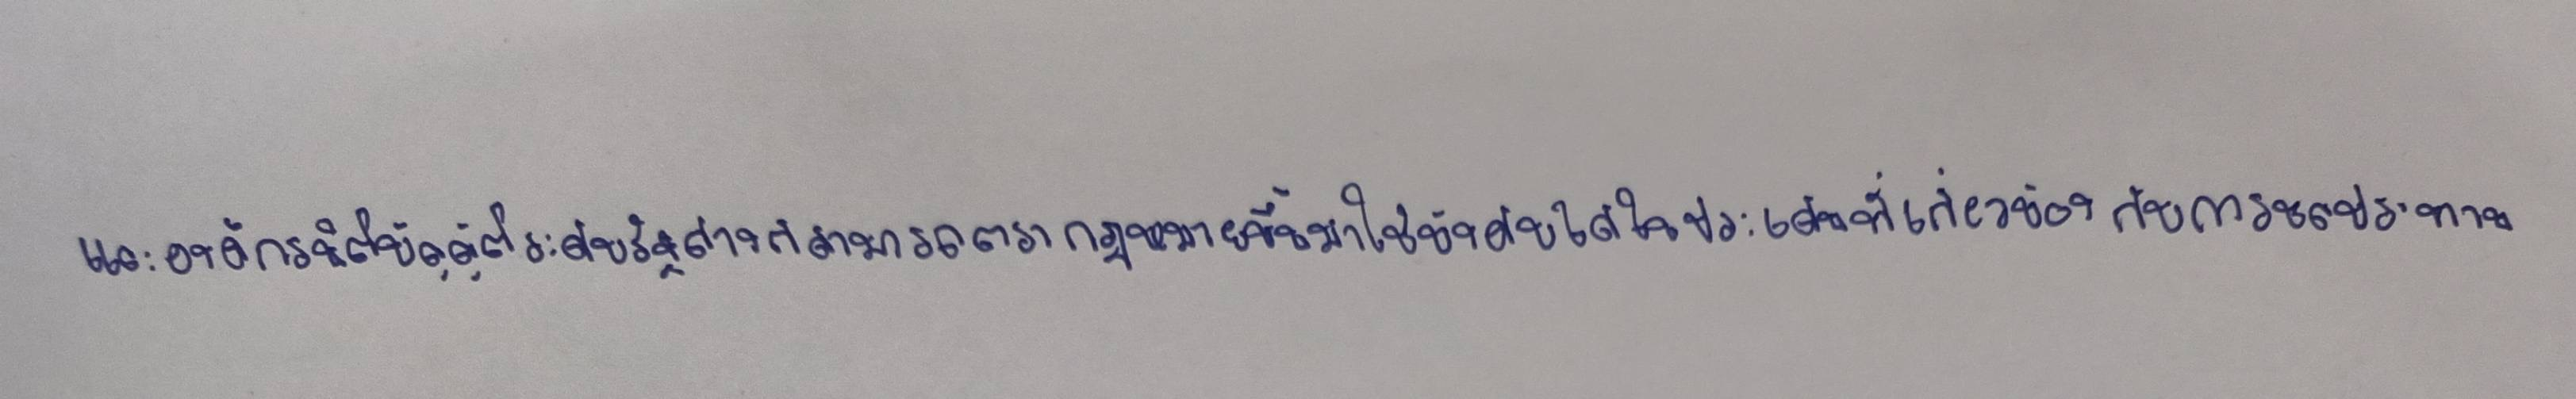
และองค์กรนิติบัญญัติระดับรัฐต่างก็สามารถตรากฎหมายขึ้นมาใช้บังคับได้ในประเด็นที่เกี่ยวข้องกับการชลประทาน